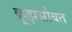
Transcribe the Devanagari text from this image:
क्रूझसोबत